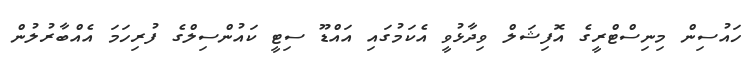
ހައުސިން މިނިސްޓްރީގެ އޮފިޝަލް ވިދާޅުވީ އެކަމުގައި އައްޑޫ ސިޓީ ކައުންސިލްގެ ފުރިހަމަ އެއްބާރުލުން